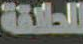
للحلاقة